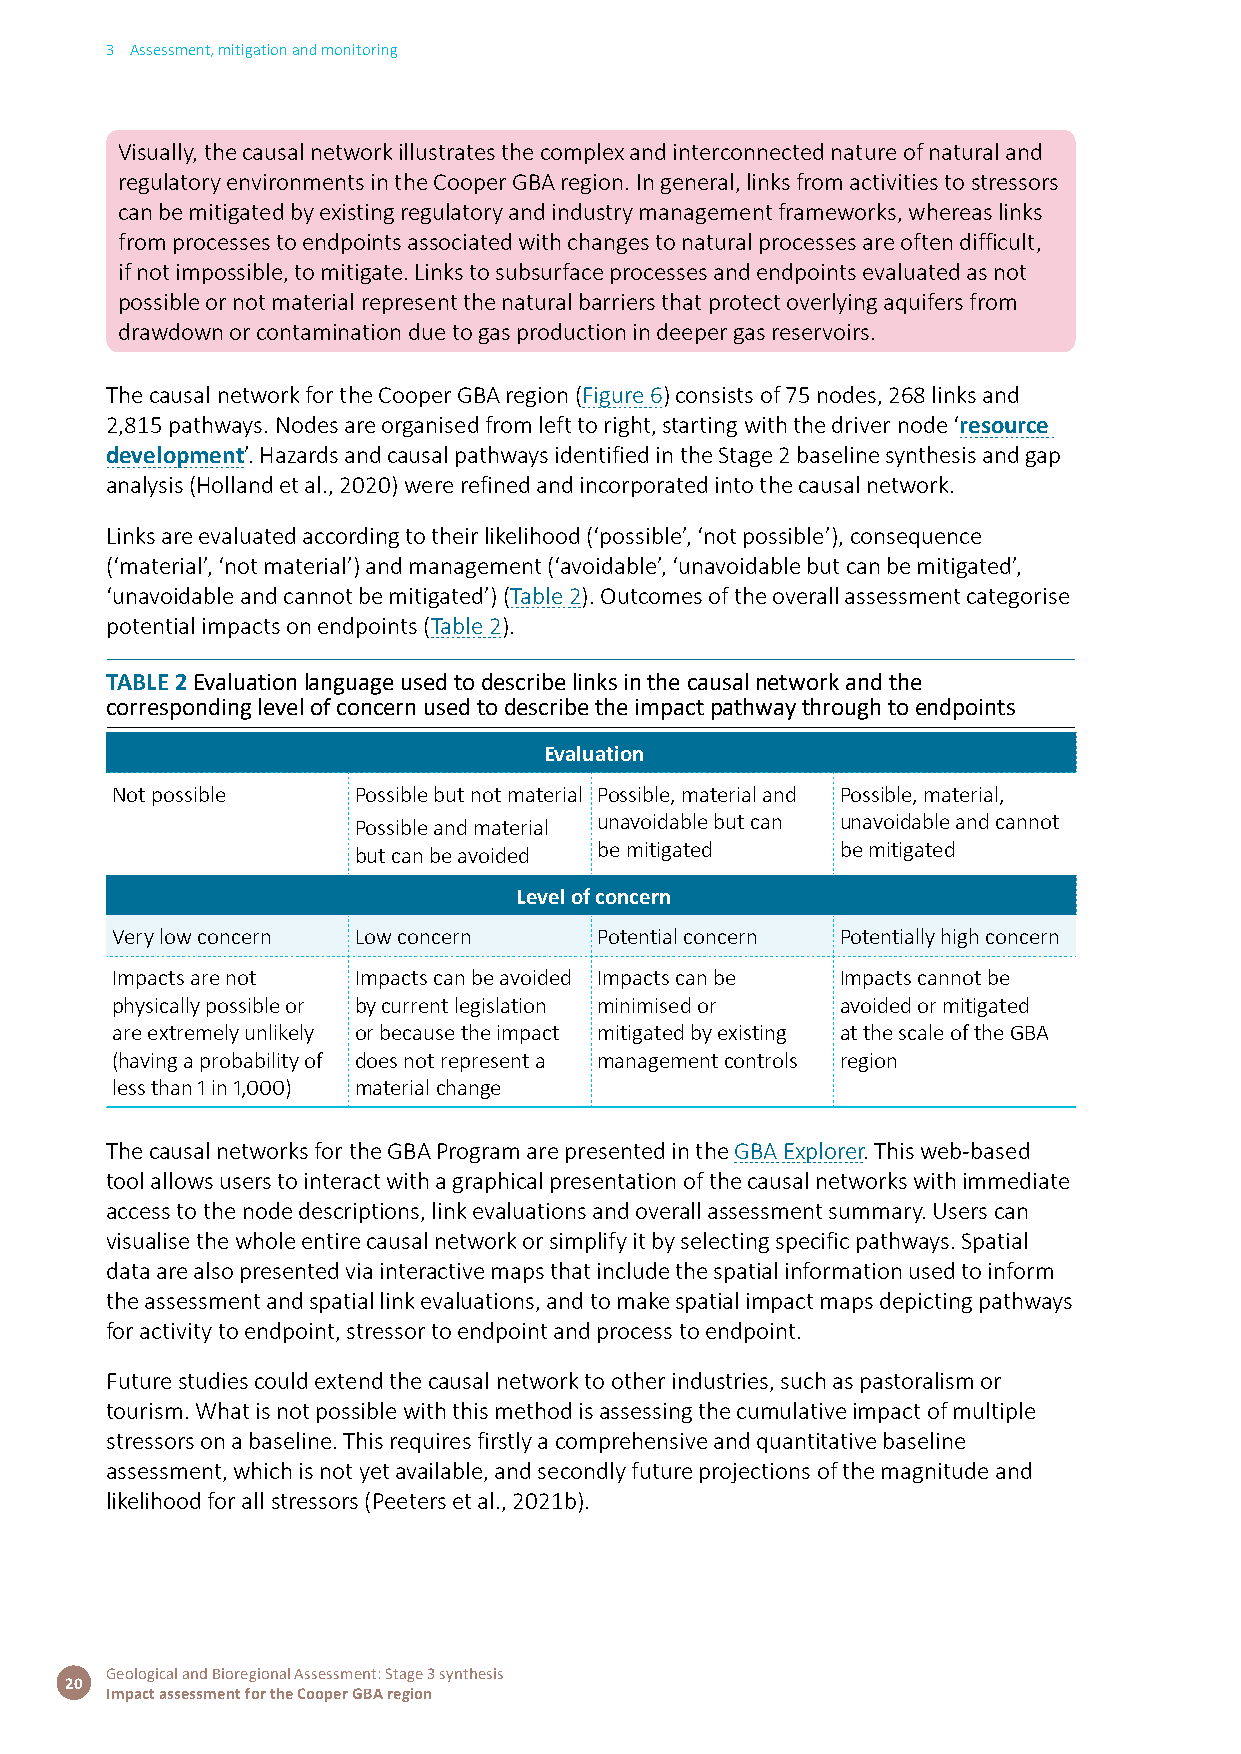
3 Assessment, mitigation and monitoring
 Visually, the causal network illustrates the complex and interconnected nature of natural and
 regulatory environments in the Cooper GBA region. In general, links from activities to stressors
 can be mitigated by existing regulatory and industry management frameworks, whereas links
 from processes to endpoints associated with changes to natural processes are often difficult,
 if not impossible, to mitigate. Links to subsurface processes and endpoints evaluated as not
 possible or not material represent the natural barriers that protect overlying aquifers from
 drawdown or contamination due to gas production in deeper gas reservoirs.
 The causal network for the Cooper GBA region (Figure 6) consists of 75 nodes, 268 links and
 2,815 pathways. Nodes are organised from left to right, starting with the driver node ‘resource
 development’. Hazards and causal pathways identified in the Stage 2 baseline synthesis and gap
 analysis (Holland et al., 2020) were refined and incorporated into the causal network.
 Links are evaluated according to their likelihood (‘possible’, ‘not possible’), consequence
 (‘material’, ‘not material’) and management (‘avoidable’, ‘unavoidable but can be mitigated’,
 ‘unavoidable and cannot be mitigated’) (Table 2). Outcomes of the overall assessment categorise
 potential impacts on endpoints (Table 2).
 TABLE 2 Evaluation language used to describe links in the causal network and the
 corresponding level of concern used to describe the impact pathway through to endpoints
 Evaluation
 Not possible    Possible but not material Possible, material and Possible, material,
 Possible and material unavoidable but can unavoidable and cannot
 but can be avoided be mitigated  be mitigated
 Level of concern
 Very low concern Low concern     Potential concern Potentially high concern
 Impacts are not Impacts can be avoided Impacts can be Impacts cannot be
 physically possible or by current legislation minimised or avoided or mitigated
 are extremely unlikely or because the impact mitigated by existing at the scale of the GBA
 (having a probability of does not represent a management controls region
 less than 1 in 1,000) material change
 The causal networks for the GBA Program are presented in the GBA Explorer. This web-based
 tool allows users to interact with a graphical presentation of the causal networks with immediate
 access to the node descriptions, link evaluations and overall assessment summary. Users can
 visualise the whole entire causal network or simplify it by selecting specific pathways. Spatial
 data are also presented via interactive maps that include the spatial information used to inform
 the assessment and spatial link evaluations, and to make spatial impact maps depicting pathways
 for activity to endpoint, stressor to endpoint and process to endpoint.
 Future studies could extend the causal network to other industries, such as pastoralism or
 tourism. What is not possible with this method is assessing the cumulative impact of multiple
 stressors on a baseline. This requires firstly a comprehensive and quantitative baseline
 assessment, which is not yet available, and secondly future projections of the magnitude and
 likelihood for all stressors (Peeters et al., 2021b).
 Geological and Bioregional Assessment: Stage 3 synthesis
 20
 Impact assessment for the Cooper GBA region